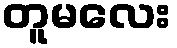
တူမလေး